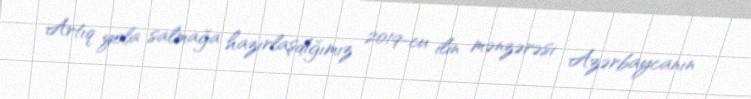
Artıq yola salmağa hazırlaşdığımız 2019-cu ilin mənzərəsi Azərbaycanın